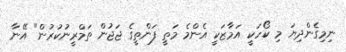
ނިމިގެންދިޔަ މި ކޯހަކީ އަމާޒަކީ އެންމެ މަތީ ފަންތީގެ ޖަޖުން ތަމްރީނުކުރުން" އޭނާ